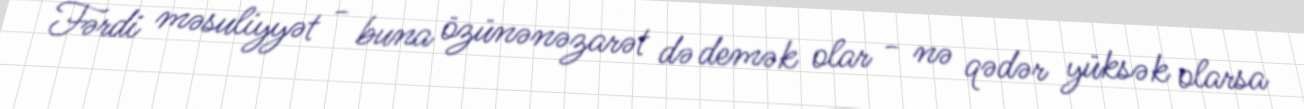
Fərdi məsuliyyət - buna özünənəzarət də demək olar - nə qədər yüksək olarsa